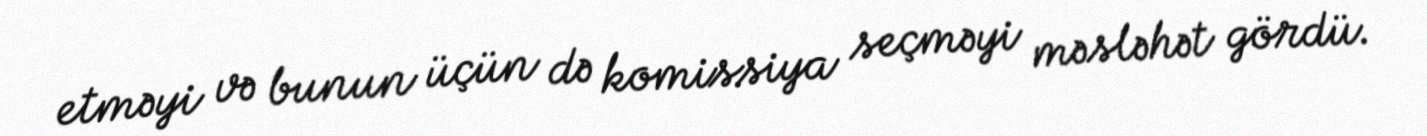
etməyi və bunun üçün də komissiya seçməyi məsləhət gördü.